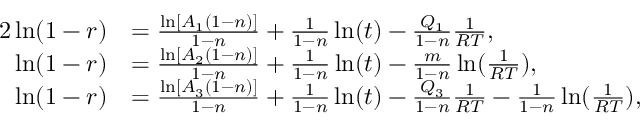
\begin{array} { r l } { { 2 } \ln ( 1 - r ) } & { = \frac { \ln \left[ A _ { 1 } ( 1 - n ) \right] } { 1 - n } + \frac { 1 } { 1 - n } \ln ( t ) - \frac { Q _ { 1 } } { 1 - n } \frac { 1 } { R T } , } \\ { \ln ( 1 - r ) } & { = \frac { \ln [ A _ { 2 } ( 1 - n ) ] } { 1 - n } + \frac { 1 } { 1 - n } \ln ( t ) - \frac { m } { 1 - n } \ln ( \frac { 1 } { R T } ) , } \\ { \ln ( 1 - r ) } & { = \frac { \ln \left[ A _ { 3 } ( 1 - n ) \right] } { 1 - n } + \frac { 1 } { 1 - n } \ln ( t ) - \frac { Q _ { 3 } } { 1 - n } \frac { 1 } { R T } - \frac { 1 } { 1 - n } \ln ( \frac { 1 } { R T } ) , } \end{array}